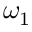
\omega _ { 1 }